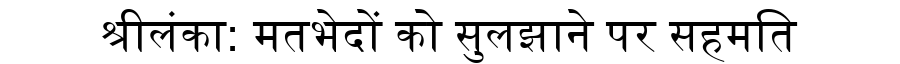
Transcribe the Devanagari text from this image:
श्रीलंका: मतभेदों को सुलझाने पर सहमति